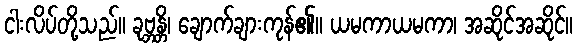
ငါးလိပ်တို့သည်။ ခုဗ္ဘန္တိ၊ ချောက်ချားကုန်၏။ ယမကာယမကာ၊ အဆိုင်အဆိုင်။